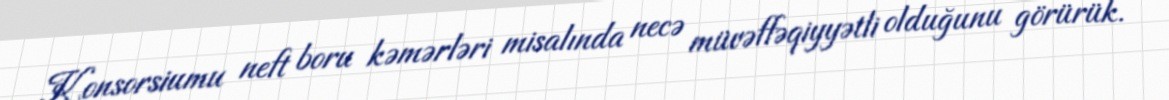
Konsorsiumu neft boru kəmərləri misalında necə müvəffəqiyyətli olduğunu görürük.